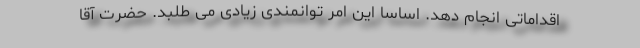
اقداماتی انجام دهد. اساساً این امر توانمندی زیادی می طلبد. حضرت آقا